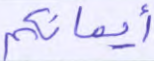
أيمانكم